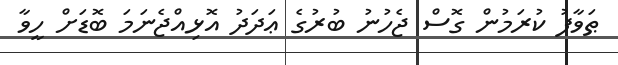
ޠަވާފު ކުރަމުން ގޮސް ޖެހުނު ބުރުގެ ޢަދަދު އޮޅިއްޖެނަމަ ބޮޑަށް ހީވާ